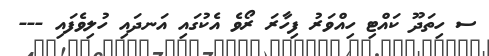
ސ ހިތަދޫ ކައްޓި ހިއްވަރު ފިހާރަ ރޯވެ އެކުގައި އަނދައި ހުލިވެފައި ---